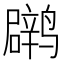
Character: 䴙